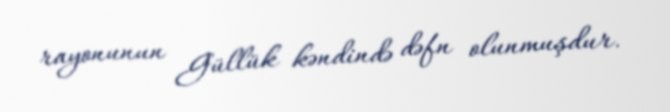
rayonunun Güllük kəndində dəfn olunmuşdur.